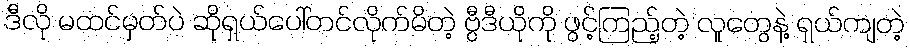
ဒီလို မထင်မှတ်ပဲ ဆိုရှယ်ပေါ်တင်လိုက်မိတဲ့ ဗွီဒီယိုကို ဖွင့်ကြည့်တဲ့ လူတွေနဲ့ ရှယ်ကျတဲ့